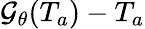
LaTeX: \mathcal{G_{\theta}}(T_{a})-T_{a}